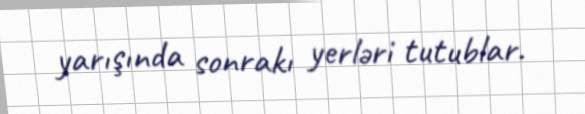
yarışında sonrakı yerləri tutublar.